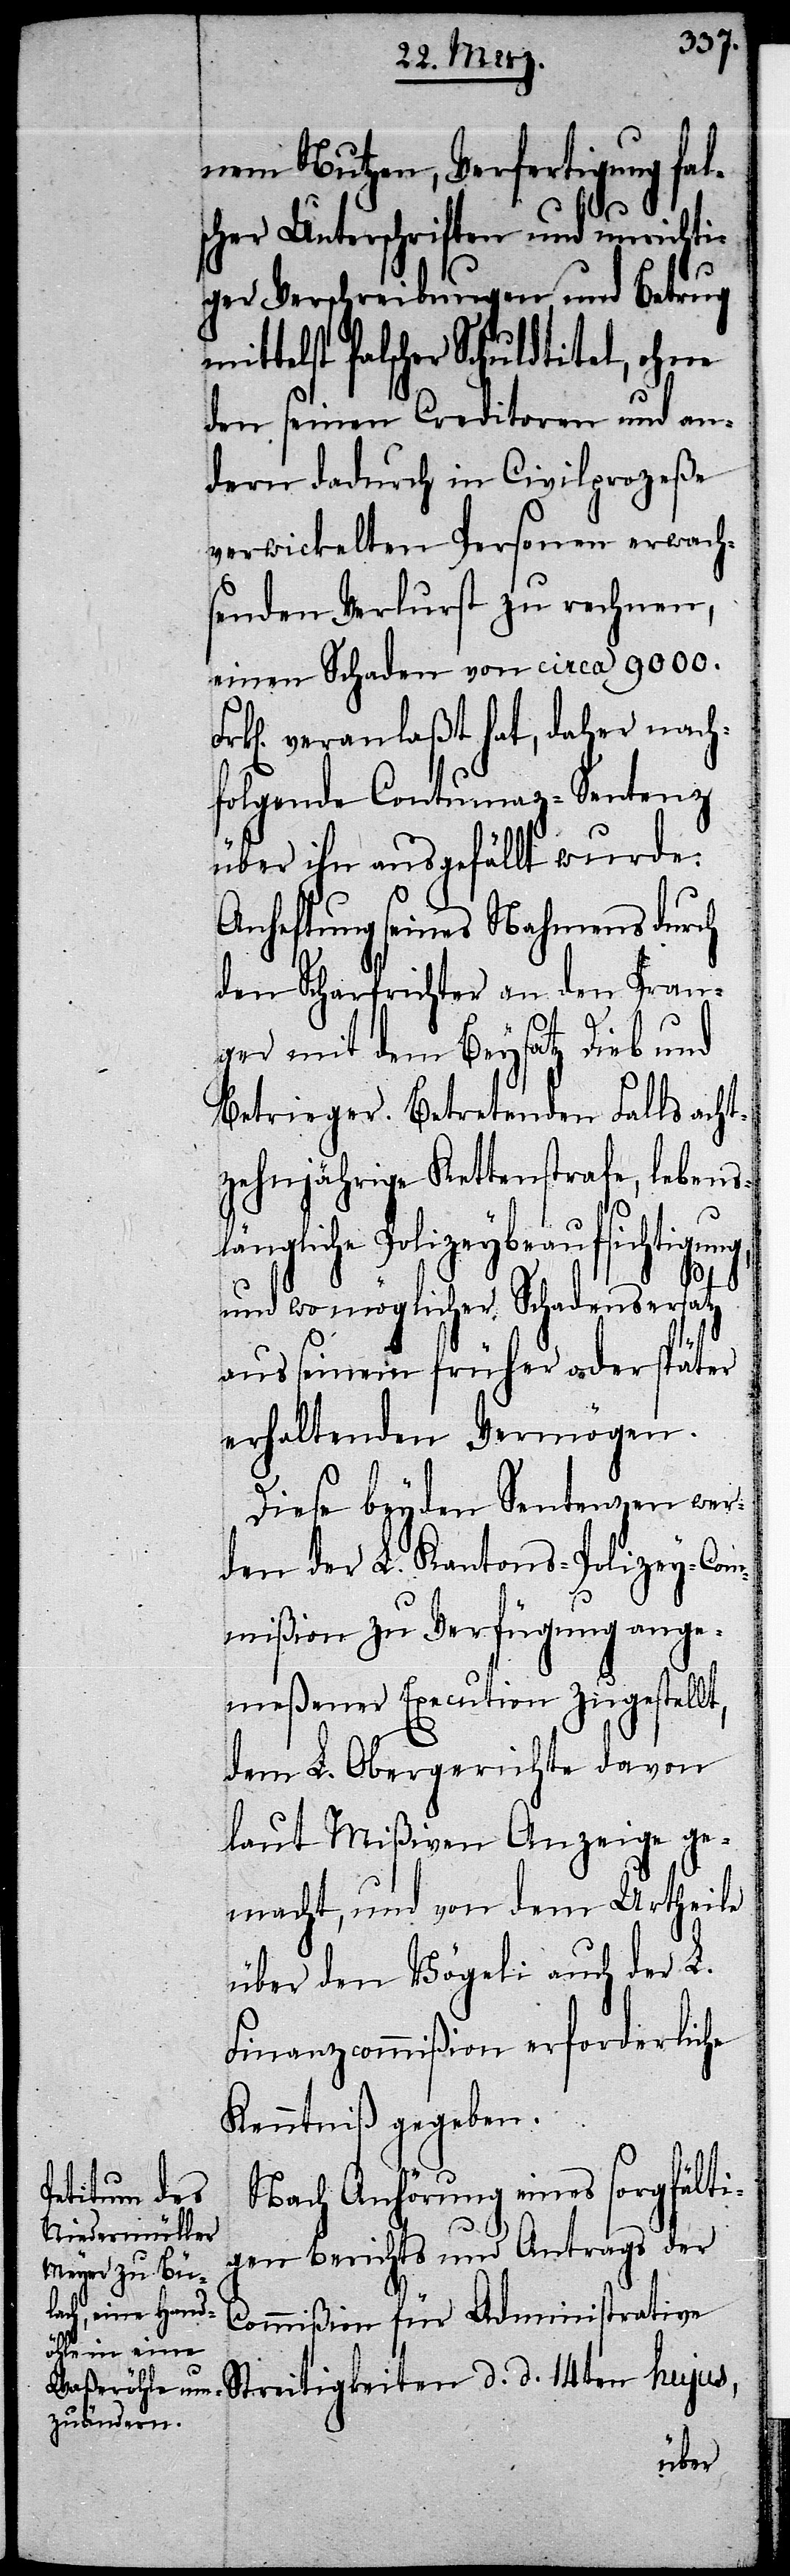
nem Nutzen, Verfertigung fals¬
cher Unterschriften und unrichti¬
ger Verschreibungen und Betrug
falscher Schuldtitel, ohne
den seinen Creditoren und an¬
dern dadurch in Civilprozeße
verwickelten Personen erwach¬
senden Verlurst zu rechnen,
einen Schaden von circa 9000.
veranlaßt hat, daher nach¬
folgende Contumaz-Sentenz
über ihn ausgefällt wurde:
Anheftung seines Nahmens durch
den Scharfrichter an den Pran¬
ger mit dem Beysatz Dieb und
Betrieger. Betretenden Falls acht¬
zehnjährige Kettenstrafe, lebensl¬
eybeaufsichtigung,
und wo möglicher Schadensersatz
aus seinem früher oder später
erhaltenden Vermögen.
Diese beyden Sentenzen wer¬
den der L. Kantons-Polizey-Com¬
mißion zu Verfügung ange¬
meßener Execution zugestellt,
dem L. Obergerichte davon
laut Mißiven Anzeige ge¬
macht, und von dem Urtheile
über den Vögeli auch der L.
Finanzcommißion erforderliche
Kenntniß gegeben.
Nach Anhörung eines sorgfälti¬
gen Berichts und Antrags der
Commißion für Administrative
Streitigkeiten d. d. 14ten hujus,